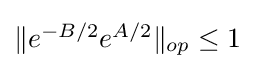
{\textstyle \|e^{-B/2}e^{A/2}\|_{op}\leq 1}